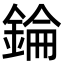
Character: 錀